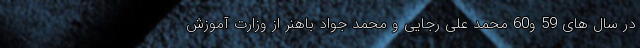
در سال های 59 و60 محمد علی رجایی و محمد جواد باهنر از وزارت آموزش